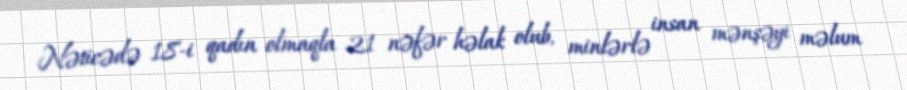
Nəticədə 18-i qadın olmaqla 21 nəfər həlak olub, minlərlə insan mənşəyi məlum